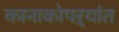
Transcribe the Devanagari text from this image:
कानाकोपऱ्यांत